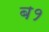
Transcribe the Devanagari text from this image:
ब१